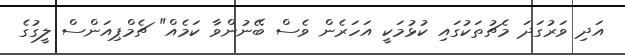
އަދި ވަރުގަދަ މެޗުތަކުގައި ކުޅުމަކީ އަހަރެން ވެސް ބޭނުންވާ ކަމެއް" ޗެމްޕިއަންސް ލީގުގެ